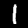
Digit: 1